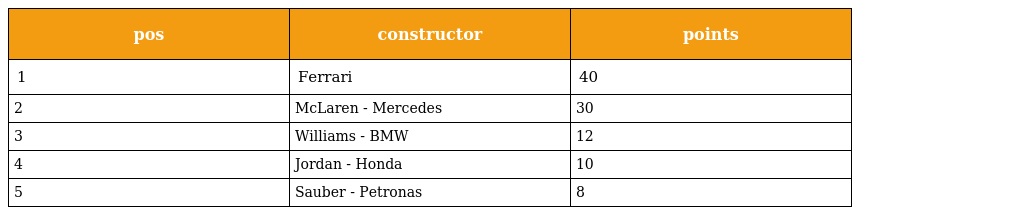
| pos | constructor | points |
 | --- | --- | --- |
 | 1 | Ferrari | 40 |
 | 2 | McLaren - Mercedes | 30 |
 | 3 | Williams - BMW | 12 |
 | 4 | Jordan - Honda | 10 |
 | 5 | Sauber - Petronas | 8 |